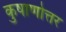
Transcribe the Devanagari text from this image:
कुषाणोत्तर